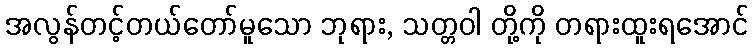
အလွန်တင့်တယ်တော်မူသော ဘုရား, သတ္တဝါ တို့ကို တရားထူးရအောင်